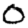
Digit: 0